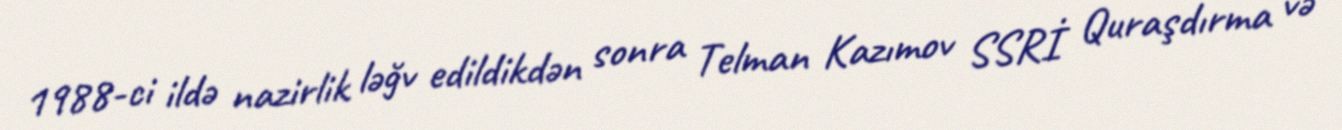
1988-ci ildə nazirlik ləğv edildikdən sonra Telman Kazımov SSRİ Quraşdırma və